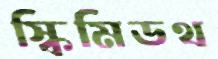
স্কিমিডথ